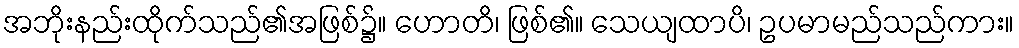
အဘိုးနည်းထိုက်သည်၏အဖြစ်၌။ ဟောတိ၊ ဖြစ်၏။ သေယျထာပိ၊ ဥပမာမည်သည်ကား။